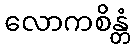
လောကစိန္တံ